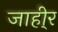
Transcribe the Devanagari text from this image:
जाही्र